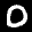
Label: 0